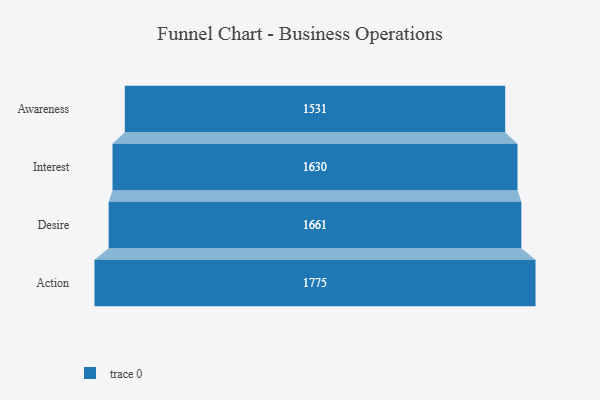
{"axis": {"x": "Stage", "y": "Value"}, "legend": [""], "data": [{"x": "Awareness", "y": 1531.0, "type": ""}, {"x": "Interest", "y": 1630.0, "type": ""}, {"x": "Desire", "y": 1661.0, "type": ""}, {"x": "Action", "y": 1775.0, "type": ""}]}